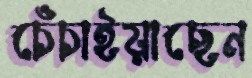
চেঁচাইয়াছেন